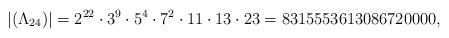
LaTeX: \begin{align*}|(\Lambda_{24})| = 2^{22} \cdot 3^9 \cdot 5^4 \cdot 7^2\cdot 11 \cdot 13 \cdot 23 = 8315553613086720000,\end{align*}